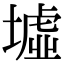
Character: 墟